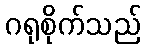
ဂရုစိုက်သည်